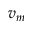
v _ { m }